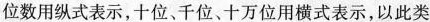
位数用纵式表示，十位、千位、十万位用横式表示，以此类